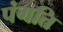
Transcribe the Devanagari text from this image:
पंगति